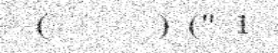
(      ) (" 1